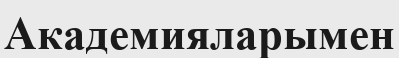
Академияларымен